Medical and sanitary report of the native army of Bengal for the year
Year: 1875
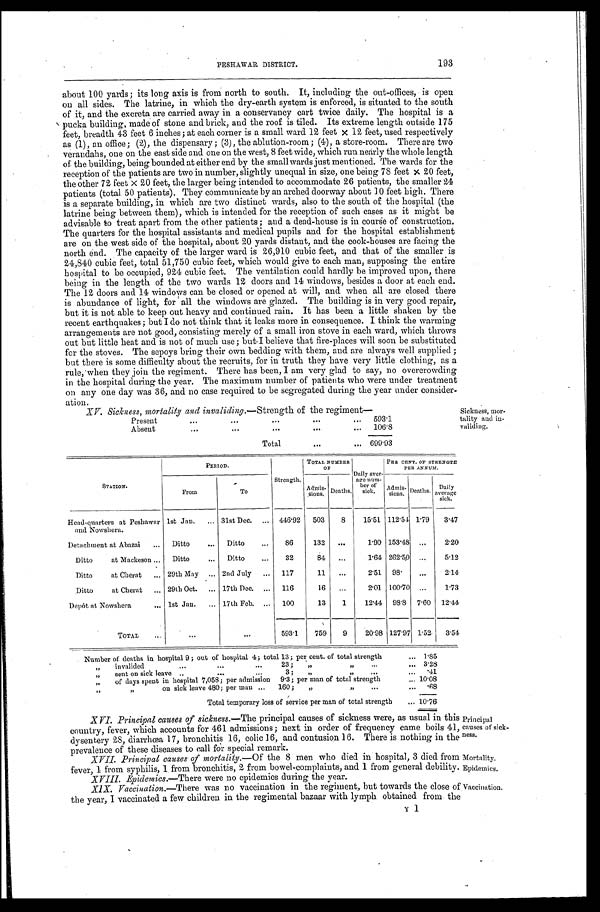
Principal
causes of sick-
ness.
Mortality.
Epidemics.
PESHAWAR DISTRICT.
193
about 100 yards; its long axis is from north to south. It, including the out-offices, is open
on all sides. The latrine, in which the dry-earth system is enforced, is situated to the south
of it, and the excreta are carried away in a conservancy cart twice daily. The hospital is a
pucka building, made of stone and brick, and the roof is tiled. Its extreme length outside 175
feet, breadth 43 feet 6 inches; at each corner is a small ward. 12 feet x 12 feet, used respectively
as (1), an office; (2), the dispensary; (3), the ablution-room; (4), a store-room. There are two
verandahs, one on the east side and one on the west, 8 feet wide, which run nearly the whole length
of the building, being bounded at either end by the small wards just mentioned. The wards for the
reception of the patients are two in number, slightly unequal in size, one being 78 feet x 20 feet,
the other 72 feet X 20 feet, the larger being intended to accommodate 26 patients, the smaller 24
patients (total 50 patients). They communicate by an arched doorway about 10 feet high. There
is a separate building, in which are two distinct wards, also to the south of the hospital (the
latrine being between them), which is intended for the reception of such cases as it might be
advisable to treat apart from the other patients; and a dead-house is in course of construction.
The quarters for the hospital assistants and medical pupils and for the hospital establishment
are on the west side of the hospital, about 20 yards distant, and the cook-houses are facing the
north end. The capacity of the larger ward is 26,910 cubic feet, and that of the smaller is
24,840 cubic feet, total 51,750 cubic feet, which would give to each man, supposing the entire
hospital to be occupied, 924 cubic feet. The ventilation could hardly be improved upon, there
being in the length of the two wards 12 doors and 14 windows, besides a door at each end.
The 12 doors and 14 windows can be closed or opened at will, and when all are closed there
is abundance of light, for all the windows are glazed. The building is in very good repair,
but it is not able to keep out heavy and continued rain. It has been a little shaken by the
recent earthquakes; but I do not think that it leaks more in consequence. I think the warming
arrangements are not good, consisting merely of a small iron stove in each ward, which throws
out but little heat and is not of much use; but I believe that fire-places will soon be substituted
for the stoves. The sepoys bring their own bedding with them, and are always well supplied;
but there is some difficulty about the recruits, for in truth they have very little clothing, as a
rule, when they join the regiment. There has been, I am very glad to say, no overcrowding
in the hospital during the year. The maximum number of patients who were under treatment
on any one day was 36, and no case required to be segregated during the year under consider
-ation.
XV. Sickness, mortality and invaliding.—Strength of the regiment—
Present
5 9 3 · 1
Absent
1 0 6 · 8
T o t a l
6 9 9 · 9 3
Sickness, mor
-tality and in
-validing.
S T A T I O N .
P E R I O D .
S t r e n g t h .
T O T A L N U M B E R O F
D a i l y a v e r - a g e n u m - b e r o f s i c k .
P E R C E NT . OF S T R E NGT H P E R ANNUM.
F r o m
T o
A d m i s - s i o n s .
D e a t h s .
A d m i s - s i o n s .
D e a t h s .
D a i l y a v e r a g e s i c k
Head- quar t er s at Peshawar and Nowsher a.
1 s t J a n .
3 1 s t D e c .
4 4 6 · 9 2
5 0 3
8
1 5 · 5 1
1 1 2 · 5 4
1 · 7 9
3 · 4 7
Detachment at Abazai
D i t t o
D i t t o
8 6
1 3 2
. . .
1 · 9 0
1 5 3 · 4 8
. . .
2 · 2 0
Ditto at Mackeson
D i t t o
D i t t o
3 2
8 4
. . .
1 · 6 4
2 6 2 · 5 0
. . .
5 · 1 2
Ditto at Cherat
2 9 t h M a y
2 n d J u l y
1 1 7
1 1
. . .
2 · 5 1
9 8 ·
. . .
2 · 1 4
Ditto at Cherat
2 9 t h O c t .
1 7 t h D e c .
1 1 6
1 6
. . .
2 · 0 1
1 0 0 · 7 0
. . .
1 · 7 3
Depôt at Nowshera
1 s t J a n .
1 7 t h F e b .
1 0 0
1 3
1
1 2 · 4 4
9 8 · 8
7 · 6 0
1 2 · 4 4
T O T A L
. . .
. . .
5 9 3 · 1
7 5 9
9
2 0 · 9 8
1 2 7 · 9 7
1 · 5 2
3 · 5 4
Number of deaths in hospital 9; out of hospital 4; total 13; per cent. of total strength
1 · 8 5
" invalided... ... ... 23; " " ...
3 · 2 8
" sent on sick leave ... ... ... 3; " "
· 4 1
" of days spent in hospital 7,058; per admission 9·3; per man of total strength
1 0 · 0 8
" " on sick leave 480; per man ... 160; " " ...
· 6 8
T o t a l t e m p o r a r y l o s s o f s e r v i c e p e r m a n o f t o t a l s t r e n g t h
1 0 · 7 6
XVI. Principal causes of sickness. —The principal causes of sickness were, as usual in this
country, fever, which accounts for 461 admissions; next in order of frequency came boils 41,
dysentery 28, diarrhœa 17, bronchitis 16, colic 16, and contusion 16. There is nothing in the
prevalence of these diseases to call for special remark.
XVII. Principal causes of mortality. —Of the 8 men who died in hospital, 3 died from
fever, 1 from syphilis, 1 from bronchitis, 2 from bowel-complaints, and 1 from general debility
. XVIII. Epidemics.—There was no epidemics during the year.
XIX. Vaccination.—There was no vaccination in the regiment, but towards the close of
the year, I vaccinated a few children in the regimental bazaar with lymph obtained from the
Y1
Vaccination.